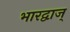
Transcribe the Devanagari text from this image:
भारद्वाज्